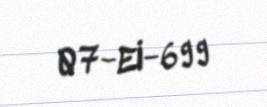
07-EI-699